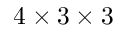
4 \times 3 \times 3